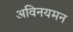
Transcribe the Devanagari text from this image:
अविनयमन